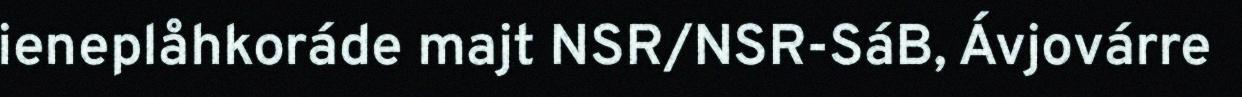
ieneplåhkoráde majt NSR/NSR-SáB, Ávjovárre